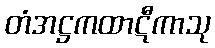
တံအဋ္ဌကထာဋီကာသု